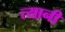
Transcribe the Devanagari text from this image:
त्‍यानी